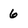
Character: 6